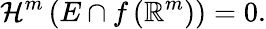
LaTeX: {\mathcal{H}}^{m}\left(E\cap f\left(\mathbb{R}^{m}\right)\right)=0.